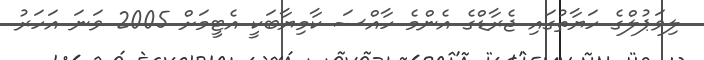
ލިވަޕުލްގެ ހަޔާތުގައި ޖެރާޑްގެ އެންމެ ހާއްސަ ކާމިޔާބަކީ އެޓީމަށް 2005 ވަނަ އަހަރު